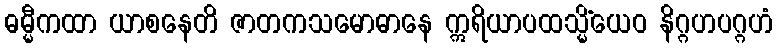
ဓမ္မီကထာ ယာစနေတိ ဇာတကသမောဓာနေ ဣရိယာပထသ္မိံယေဝ နိဂ္ဂဟပဂ္ဂဟံ